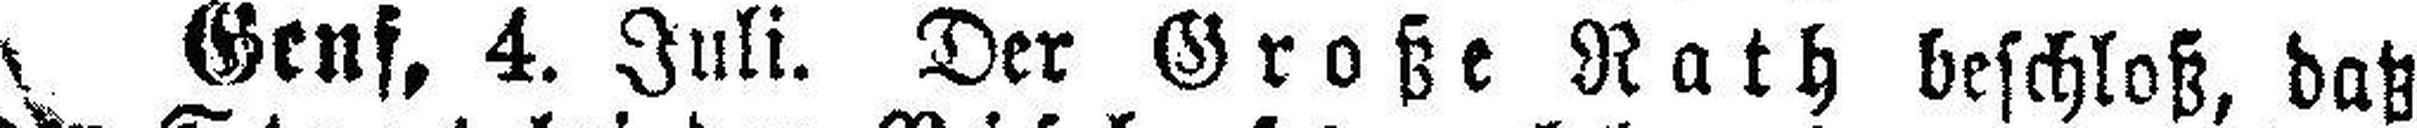
Genf, 4. Juli. Der Große Rath beschloß, daß